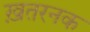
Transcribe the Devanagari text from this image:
ख़तरनक